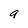
Character: 9